Report on malaria in the Punjab during the year ...  together with an account of the work of the Punjab Malaria Bureau - Volume 3
Disease focus: Malaria
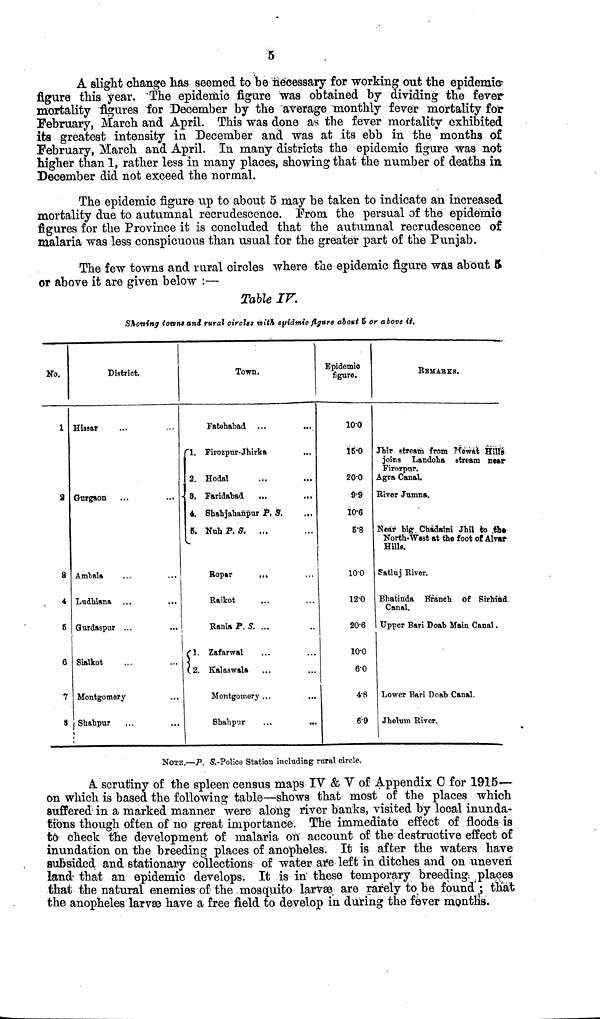
5
A slight change has seemed to be necessary for working out the epidemic
figure this year. The epidemic figure was obtained by dividing the fever
mortality figures for December by the average monthly fever mortality for
February, March and April. This was done as the fever mortality exhibited
its greatest intensity in December and was at its ebb in the "months of
February, March and April. In many districts the epidemic figure was not
higher than 1, rather less in many places, showing that the number of deaths in
December did not exceed the normal.
The epidemic figure up to about 5 may be taken to indicate an increased
mortality due to autumnal recrudescence. Prom the persual of the epidemic
figures for the Province it is concluded that the autumnal recrudescence of
malaria was less conspicuous than usual for the greater part of the Punjab.
The few towns and rural circles where the epidemic figure was about 5
or above it are given below :—
Table IV.
Showing towns and rural circles with epidemic figure about 6 or above it.
No.
1
2
3
4
5
6
7
8
District.
Hissar
Gurgaon
Ambala
Ludhiana
Gurdaspur ...
Sialkot
Montgomery
Shahpur
Town.
Fatehabad
1. Firozpur-Jhirka
2. Hodal
3.
Faridabad
4. Shahjahanpur P. S.
5. Nub P. S. ...
Ropar
...
Raikot
Rania P. S. ...
1. Zafarwal
2. Kalaswala
Montgomery ...
...
Shahpur
Epidomic figure.
10.0
15.0
20.0
9.9
10.6
5.8
10.0
12.0
20.6
10.0
6.0
4.8
69
REMARKS.
Jhir stream from Mewat Hills
joins Lando
Agra Canal.
River Jumna.
Near big Chadaini Jhil to the North-We
Satluj River.
Bhatinda Branth of Sirhind
Canal.
Upper Bari Doab Main Canal.
Lower Bari Doab Canal.
Jhelum River.
NOTE.—P. S.-Police Station including rural circle.
A scrutiny of the spleen census maps IV & Y of Appendix 0 for 1915—
on which is based the following table—shows that most of the places which
suffered in a marked manner were along river banks, visited by local inunda-
tions though often of no great importance. The immediate effect of floods is
to check the development of malaria on account of the destructive effect of
inundation on the breeding places of anopheles. It is after the waters have
subsided and stationary collections of water are left in ditches and on uneven
land that an epidemic develops. It is in these temporary breeding places
that the natural enemies of the mosquito larvae are rarely to be found ; that
the anopheles larvae have a free field to develop in during the fever months.